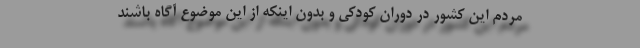
مردم این کشور در دوران کودکی و بدون اینکه از این موضوع آگاه باشند